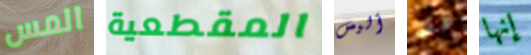
المس المقطعية أليس لو إنها